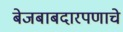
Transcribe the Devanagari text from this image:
बेजबाबदारपणाचे